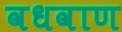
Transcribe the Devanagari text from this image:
वधवाण